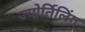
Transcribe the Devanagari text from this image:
ज्योर्तिलिंग